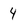
Character: 4